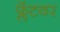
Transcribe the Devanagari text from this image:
फ्लॅटवर